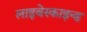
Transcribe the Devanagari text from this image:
लाइबेस्काइन्ड